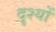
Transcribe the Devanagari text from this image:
दृ्श्यों